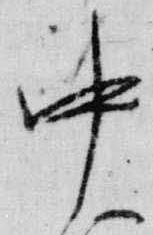
中